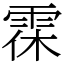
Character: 𩂯